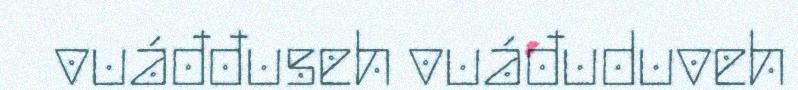
vuáđđuseh vuáđuduveh